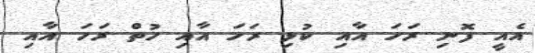
އެއީ ފޮނި ރަހަ އާއި ކުޅި ރަހަ އާއި ހުތް ރަހަ އާއި